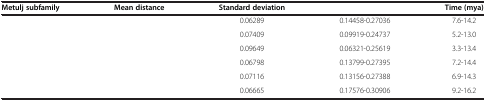
<table><thead><tr><td><b>Metulj subfamily</b></td><td><b>Mean distance</b></td><td><b>Standard deviation</b></td><td>[EMPTY_CELL]</td><td><b>Time (mya)</b></td></tr></thead><tbody><tr><td>[EMPTY_CELL]</td><td>[EMPTY_CELL]</td><td>0.06289</td><td>0.14458-0.27036</td><td>7.6-14.2</td></tr><tr><td>[EMPTY_CELL]</td><td>[EMPTY_CELL]</td><td>0.07409</td><td>0.09919-0.24737</td><td>5.2-13.0</td></tr><tr><td>[EMPTY_CELL]</td><td>[EMPTY_CELL]</td><td>0.09649</td><td>0.06321-0.25619</td><td>3.3-13.4</td></tr><tr><td>[EMPTY_CELL]</td><td>[EMPTY_CELL]</td><td>0.06798</td><td>0.13799-0.27395</td><td>7.2-14.4</td></tr><tr><td>[EMPTY_CELL]</td><td>[EMPTY_CELL]</td><td>0.07116</td><td>0.13156-0.27388</td><td>6.9-14.3</td></tr><tr><td>[EMPTY_CELL]</td><td>[EMPTY_CELL]</td><td>0.06665</td><td>0.17576-0.30906</td><td>9.2-16.2</td></tr></tbody></table>